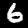
Label: 6